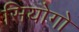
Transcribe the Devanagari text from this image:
सियोगो